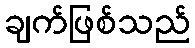
ချက်ဖြစ်သည်